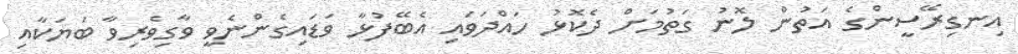
އިނގިރޭސީންގެ އަތުން ލޮނު ގަތުމަށް ދެކޮޅު ހައްދަވައި އެބޭފުޅާ ވަޑައިގެންނެވީ ވާގިވެރިވާ ބަޔަކާއި